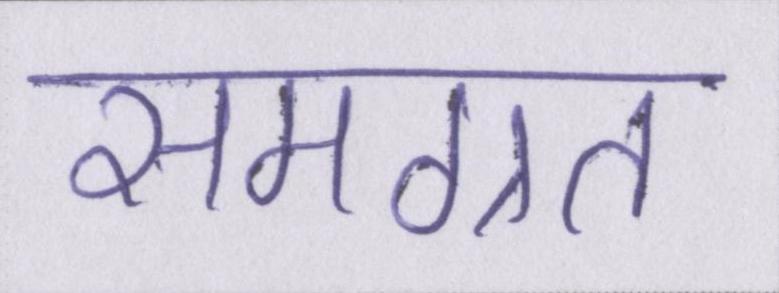
समग्रत